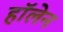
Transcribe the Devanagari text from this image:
हॉलेन